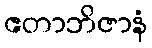
ဧတာဘိဇာနံ